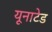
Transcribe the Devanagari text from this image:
यूनाटेड